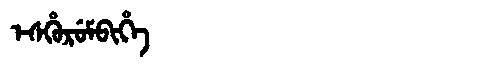
Manchu: ᡝᠰᡥᡠᡵᡠᠮᠪᡳᡥᡝ
Romanization: ESHURUMBIHE